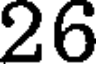
26